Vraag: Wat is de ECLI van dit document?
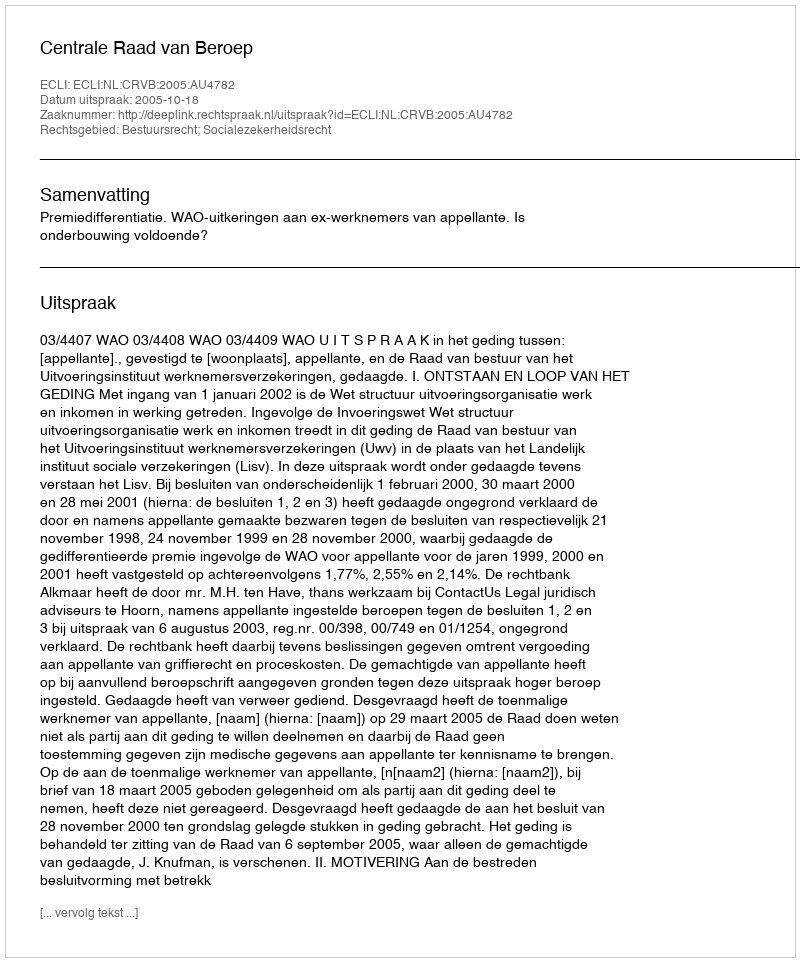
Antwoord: ECLI:NL:CRVB:2005:AU4782